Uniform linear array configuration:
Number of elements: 32
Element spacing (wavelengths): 0.75
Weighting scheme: hann
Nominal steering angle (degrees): -60
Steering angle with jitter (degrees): -61.689
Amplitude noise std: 0.05
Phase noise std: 0.05

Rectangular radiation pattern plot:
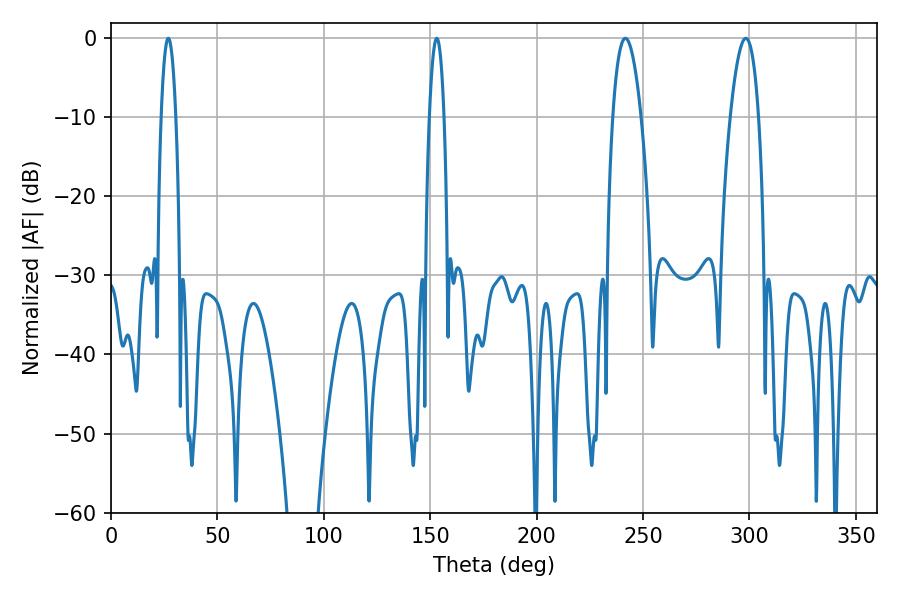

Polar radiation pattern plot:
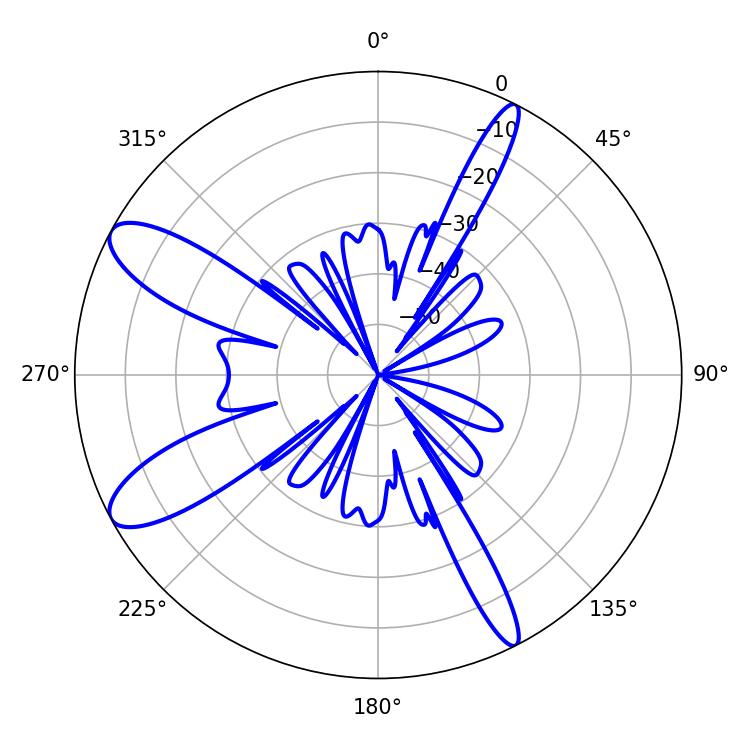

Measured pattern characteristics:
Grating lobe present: TRUE
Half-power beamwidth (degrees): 7.2
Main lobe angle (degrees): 298.26